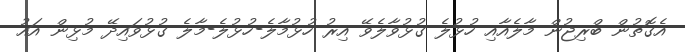
އެގޮތުން ބްރިޖުން މާލެއާއި ހުޅުލެ ގުޅުވާލެވޭ އިރު ހުޅުމާލެ-ހުޅުލެ-މާލެ ގުޅުވައިދޭ މުޅިން އައު